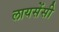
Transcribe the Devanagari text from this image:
लायसेंसी